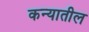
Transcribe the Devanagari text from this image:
कन्यातील